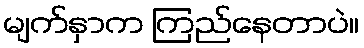
မျက်နှာက ကြည်နေတာပဲ။